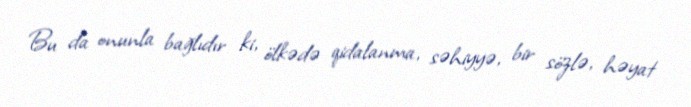
Bu da onunla bağlıdır ki, ölkədə qidalanma, səhiyyə, bir sözlə, həyat